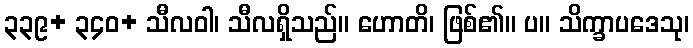
၃၃၉+ ၃၄၀+ သီလဝါ၊ သီလရှိသည်။ ဟောတိ၊ ဖြစ်၏။ ပ။ သိက္ခာပဒေသု၊